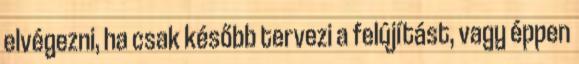
elvégezni, ha csak később tervezi a felújítást, vagy éppen